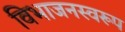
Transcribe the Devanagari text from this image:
विभाजनस्वरूप